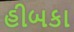
હીબકા